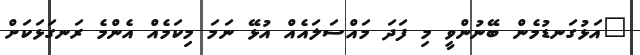
"އަޅުގަނޑުމެން ބޭނުންވީ މި ފަދަ މައްސަލައެއް އުޅޭ ނަމަ މިކަމެއް އެންމެ ރަނގަޅަކަށް